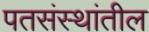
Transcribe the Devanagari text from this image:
पतसंस्थांतील